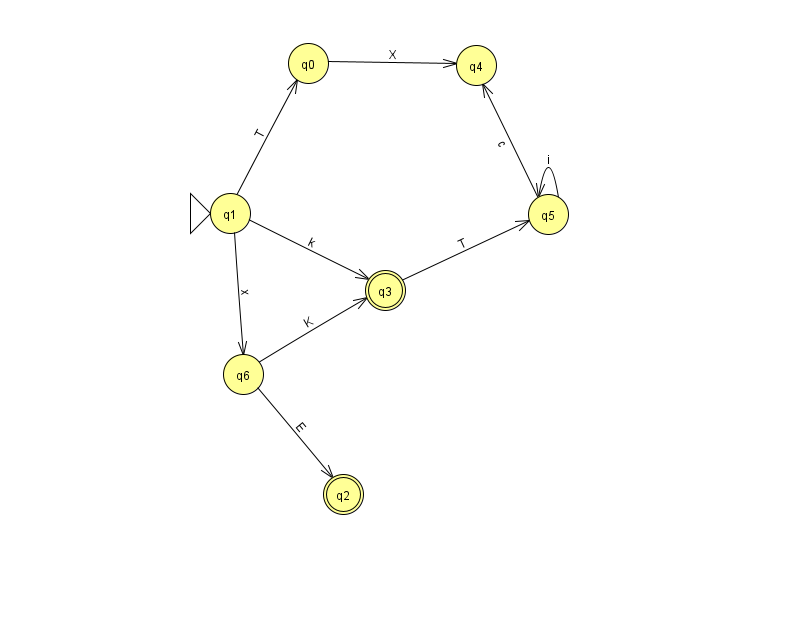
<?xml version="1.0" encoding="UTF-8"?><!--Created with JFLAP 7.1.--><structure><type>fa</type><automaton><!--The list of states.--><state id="0" name="q0"><x>308.0</x><y>50.0</y></state><state id="1" name="q1"><x>230.0</x><y>200.0</y><initial/></state><state id="2" name="q2"><x>343.0</x><y>481.0</y><final/></state><state id="3" name="q3"><x>385.0</x><y>277.0</y><final/></state><state id="4" name="q4"><x>476.0</x><y>52.0</y></state><state id="5" name="q5"><x>548.0</x><y>201.0</y></state><state id="6" name="q6"><x>243.0</x><y>361.0</y></state><!--The list of transitions.--><transition><from>3</from><to>5</to><read>T</read></transition><transition><from>0</from><to>4</to><read>X</read></transition><transition><from>1</from><to>6</to><read>x</read></transition><transition><from>6</from><to>2</to><read>E</read></transition><transition><from>6</from><to>3</to><read>K</read></transition><transition><from>5</from><to>4</to><read>c</read></transition><transition><from>5</from><to>5</to><read>i</read></transition><transition><from>1</from><to>0</to><read>T</read></transition><transition><from>1</from><to>3</to><read>k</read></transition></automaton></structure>